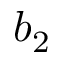
b _ { 2 }